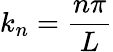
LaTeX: k_{n}={\frac{n\pi}{L}}